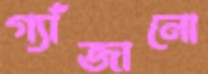
গ্যাঁজানো